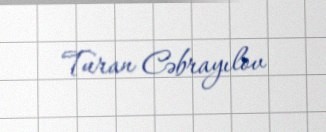
Turan Cəbrayılov